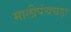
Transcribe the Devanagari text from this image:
मालीपंचघड़ा